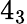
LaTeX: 4_{3}